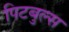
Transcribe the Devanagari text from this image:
पिटबुल्स